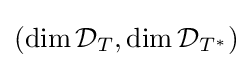
(\dim {\mathcal {D}}_{T},\dim {\mathcal {D}}_{T^{*}})